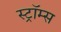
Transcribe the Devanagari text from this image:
स्ट्रॉम्स